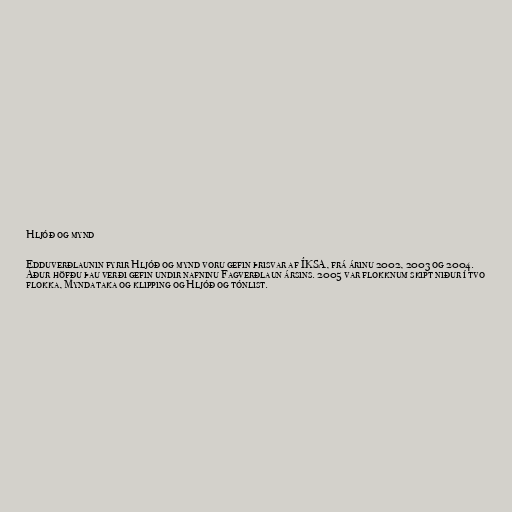
Hljóð og mynd

Edduverðlaunin fyrir Hljóð og mynd voru gefin þrisvar af ÍKSA, frá árinu 2002, 2003 og 2004.
Áður höfðu þau verði gefin undir nafninu Fagverðlaun ársins. 2005 var flokknum skipt niður í tvo
flokka, Myndataka og klipping og Hljóð og tónlist.